Annual statistical returns and brief notes on vaccination in Bengal - 1896-1909
Year: 1896
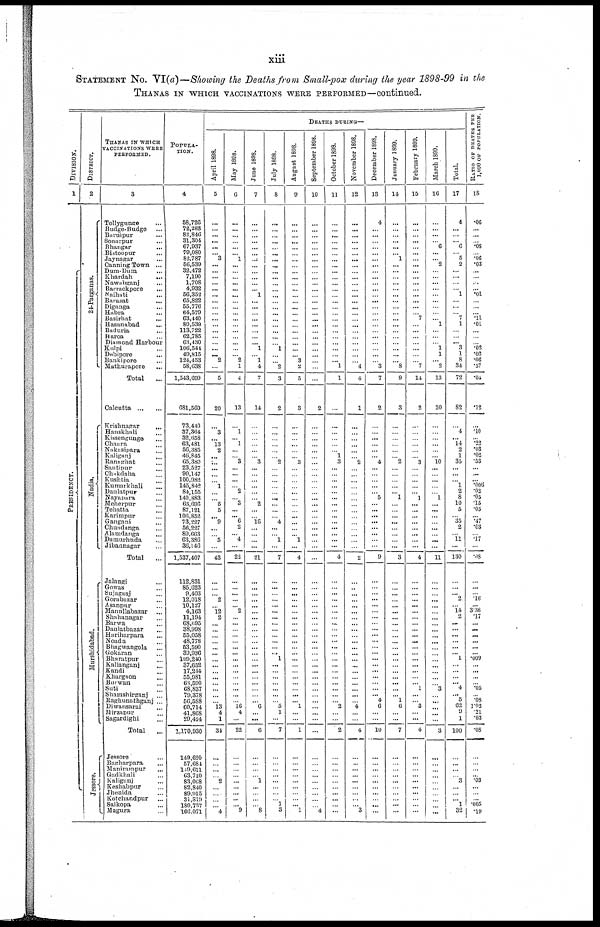
xiii
STATEMENT No. VI(a)—Showing the Deaths from Small-pox during the year 1898-99 in the
THANAS IN WHICH VACCINATIONS WERE PERFORMED—continued.
DIVISION.
1
PRESIDENCY.
DISTRICT.
2
24-Parganas.
Nadia.
Murshidabad.
Jessore.
THANAS IN WHICH
VACCINATIONS WERE
PERFORMED.
3
Tollygunge ...
Budge-Budge ...
Buruipur ...
Sonarpur ...
Bhangar ...
Bistoopur ...
Jaynagar ...
Canning Town ...
Dum-Dum ...
Khardah
...
Nawabganj ...
Barrackpore
...
Naihati ...
Barasat ...
Diganga ...
Habra ...
Basirhat
...
Hasanabad
...
Baduria ...
Haroa ...
Diamond Harbour
Kulpi ...
Debipore ...
Bankipore ...
Mathurapore ...
Total ...
Calcutta
...
...
Krishnagar ...
Hanskhali ...
Kissengunge ...
Chaora ...
Nakasipara
...
Kaliganj
...
Ranaghat
...
Santipur ...
Chakdaha
...
Kushtia
...
Kumarkhali
...
Daulatpur ...
Nayapara ...
Meherpur ...
Tehatta ...
Karimpur ...
Gangani ...
Chundanga ...
Alamdanga
...
Damurhuda ...
Jibannagar ...
Total ...
Jalangi
...
Gowas ...
Sujaganj ...
Gorabazar ...
Asanpur ...
Manullabazar
...
Shahanagar ...
Barwa ...
Daulatbazar ...
Hariharpara ...
Noada ...
Bhagwangola ...
Gokaran ...
Bharatpur ...
Kalianganj ...
Kandi ...
Khargaon ...
Burwan ...
Suti ...
Shamshirganj ...
Raghunathganj ...
Diwansarai ...
Mirzapur ...
Sagardighi ...
Total
...
Jessore ...
Bagharpara ...
Manirampur ...
Gadkhali ...
Kaliganj ...
Keshabpur ...
Jhenida ...
Kotchandpur ...
Salkopa ...
Magura ...
POPULA-
TION.
4
58,726
72,283
82,840
31,304
67,937
79,080
82,787
56,539
32,472
7,190
1,708
4,932
56,352
65,822
55,776
64,579
63,440
80,539
113,722
62,785
63,430
106,544
49,815
124,453
58,638
1,543,699
681,560
73,440 37,364 32,658 63,481 56,385 46,854
65,380
23,527
90,147
100,982
145,842
84,155
140,883
63,696
87,121
106,852
73,227
56,227
89,663
63,386
36,146
1,537,407
112,831
85,623
9,403
12,018
10,127
4,163
11,194
68,695
38,998
55,058
48,778
53,590
39,936
109,240
37,652
17,244
55,981
68,590
68,837
79,378
56,588
60,714
41,868
29,424
1,170,930
149,620
57,684
149,611
63,710
83,068
82,840
89,915
31,819
180,737
160,071
DEATHS DURING—
April 1898.
5
...
...
...
... ...
...
3
...
...
...
...
...
...
...
...
...
...
...
...
...
...
...
... 2
...
5
20
...
3
...
13 2
...
...
...
...
...
1
...
...
5
5
...
9
...
...
5
...
43
...
...
...
2
...
12
2
...
...
...
...
...
...
...
...
...
...
...
...
...
...
13 4
1
34
...
...
...
...
2
...
...
...
...
4
May 1898.
6
...
...
...
...
...
...
1
...
...
...
...
...
...
...
...
...
...
...
...
...
...
...
...
2
1
4
13
...
1
...
1
...
...
3
...
...
...
...
2
...
3
...
... 6
2
...
4
...
22
...
...
...
...
...
2
...
...
...
...
...
...
...
...
...
...
...
...
...
...
...
16
4
...
22
...
...
...
...
...
...
...
...
...
9
June 1898.
7
...
...
...
...
...
...
...
...
...
...
...
...
1
...
...
...
...
...
...
...
...
1
...
1
4
7
14
...
...
...
...
...
...
3
...
...
...
...
...
...
2
...
...
16
...
...
...
...
21
...
...
...
...
...
...
...
...
...
...
...
...
...
...
...
...
...
...
...
...
...
6
...
...
6
...
...
...
...
1
...
...
...
...
8
July 1898.
8
...
...
...
...
...
...
...
...
...
...
...
...
...
...
...
...
...
...
...
...
...
1
...
...
2
3
2
...
...
...
...
...
...
2
...
...
...
...
...
...
...
...
...
4
...
...
1
...
7
...
...
...
...
...
...
...
...
...
...
...
...
... 1
...
...
...
...
...
...
...
5
1
...
7
...
...
...
...
...
...
...
...
1
3
August 1898.
9
...
...
...
...
...
...
...
...
...
...
...
...
...
...
...
...
...
...
...
...
...
...
...
3
2
5
3
...
...
...
...
...
...
3
...
...
...
...
...
...
...
...
...
...
...
... 1
...
4
...
...
...
...
...
...
...
...
...
...
...
...
...
...
...
...
...
...
...
...
...
1
...
...
1
...
...
...
...
...
...
...
...
... 1
September 1898.
10
...
...
...
...
...
...
...
...
...
...
...
...
...
...
...
...
...
...
...
...
...
...
...
...
...
...
2
...
...
...
...
...
...
...
...
...
...
...
...
...
...
...
...
...
...
...
...
...
...
...
...
...
...
...
...
...
...
...
...
...
...
...
...
...
...
...
...
...
...
...
...
...
...
...
...
...
...
...
...
...
...
...
...
4
October 1898.
11
...
...
...
...
...
...
...
...
...
...
...
...
...
...
...
...
...
...
...
...
...
...
...
...
1
1
...
...
...
...
...
...
1
3
...
...
...
...
...
...
...
...
...
...
...
...
...
...
4
...
...
...
...
...
...
...
...
...
...
...
...
...
...
...
...
...
...
...
...
...
2
...
...
2
...
...
...
...
...
...
...
...
...
...
November 1898.
12
...
...
...
...
...
...
...
...
...
...
...
...
...
...
...
...
...
...
...
...
...
...
...
...
4
4
1
...
...
...
...
...
...
2
...
...
...
...
...
...
...
...
...
...
...
...
...
...
2
...
...
...
...
...
...
...
...
...
...
...
...
...
...
...
...
...
...
...
...
...
4
...
...
4
...
...
...
...
...
...
...
...
...
3
December 1898.
13
4
...
...
...
...
...
...
...
...
...
...
...
...
...
...
...
...
...
...
...
...
...
...
...
3
7
2
...
...
...
...
...
...
4
...
...
...
...
...
5
...
...
...
...
...
...
...
...
9
...
...
...
...
...
...
...
...
...
...
...
...
...
...
...
...
...
...
...
... 4
6
...
...
10
...
...
...
...
...
...
...
...
...
...
January 1899.
14
...
...
... ...
...
... 1
...
...
...
...
...
...
...
...
...
...
...
...
...
...
...
...
...
8
9
3
...
...
...
...
...
...
2
...
...
...
...
...
1
...
...
...
...
...
...
...
...
3
...
...
...
...
...
...
...
...
...
...
...
...
...
...
...
...
...
...
...
... 1
6
...
...
7
...
...
...
...
...
...
...
...
...
...
February 1899.
15
...
...
...
...
...
...
...
...
...
...
...
...
...
...
...
...
7
...
...
...
...
...
...
...
7
14
2
...
...
...
...
...
...
3
...
...
...
...
...
1
...
...
...
...
...
...
...
...
4
...
...
...
...
...
...
...
...
...
...
...
...
...
...
...
...
...
...
1
...
...
3
...
...
4
...
...
...
...
...
...
...
...
...
...
March 1899.
16
...
...
...
...
6
...
... 2
...
...
...
...
...
...
...
...
... 1
...
...
...
1
1
...
2
13
20
...
...
...
...
...
...
10
...
...
...
...
...
1
...
...
...
...
...
...
...
...
11
...
...
...
...
...
...
...
...
...
...
...
...
...
...
...
...
...
...
3
...
...
...
...
...
3
...
...
...
...
...
...
...
...
...
...
Total.
17
4
...
...
...
6
...
5
2
...
...
...
...
1
...
...
...
7
1
...
...
... 3
1
8
34
72
82
...
4
... 14
2
1
35
...
...
...
1
2
8
10
5
...
35
2
...
11
...
130
...
...
... 2
...
14
2
...
...
...
...
...
...
1
...
...
...
... 4
... 5
62
9
1
100
...
...
...
...
3
...
...
...
1
32
RATIO OF DEATHS PER
1,000 OF POPULATION.
18
.06
...
...
...
.08
...
.06
.03
...
...
...
...
.01
...
...
...
.11
.01
...
...
...
.02
.02
.06
.57
.04
.12
...
.10
...
.22
.03
.02
.53
...
...
... .006
.02
.05
.15
.05
...
.47
.03
...
.17
...
. 08
...
...
...
.16
...
3.36
.17
...
...
...
...
...
...
.009
...
...
...
...
.05
...
.08
1.02 .21
.03
.08
...
...
...
...
.03
...
...
...
.005
.19